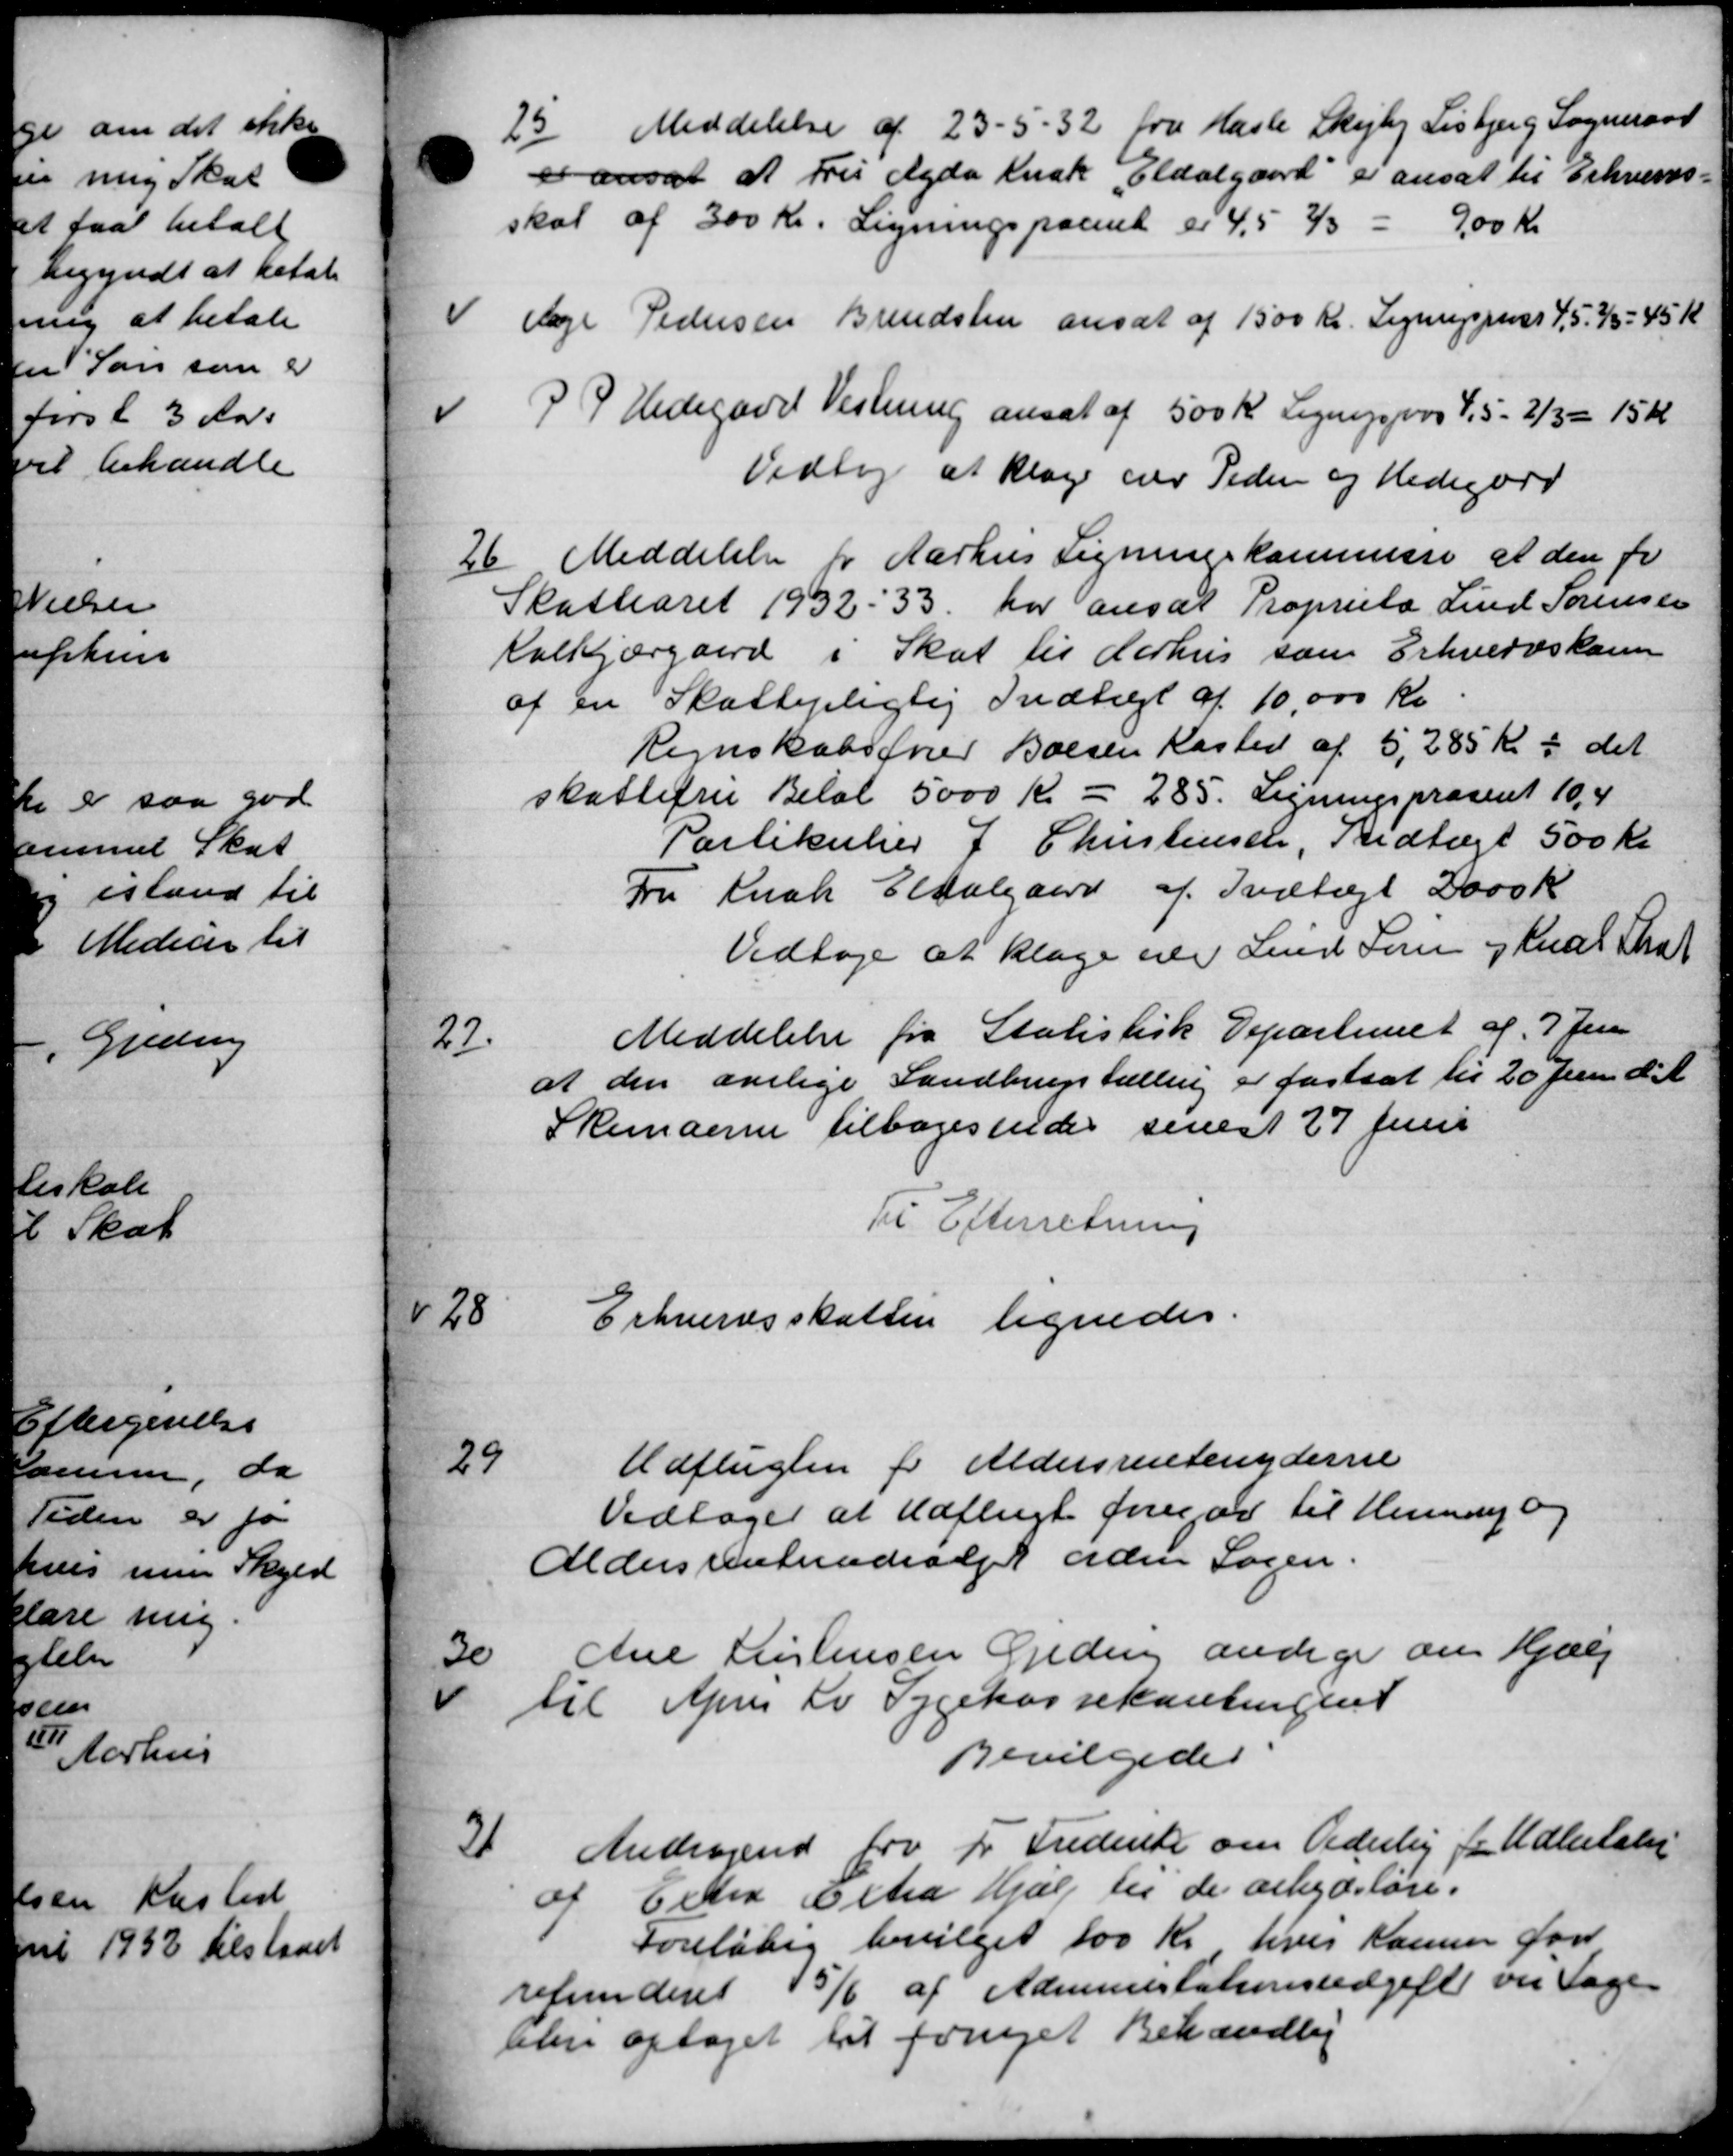
Transskription:
25
Meddelelse af 23 - 5 - 32 fra Hasle Skejby Lisbjerg Sogneraad
er ansat at Fru Egda Kusk Eldalgaard er ansat til Erhvervs-
skal af 300 Kr. Ligningspacent er 4,5 2/3 - 900 Kr.
Aage Pedersen Brendsten ansat af 1500 Kr. Ligningspræst 4, 5, 2/3 - 45 K
P P Hedegard Vestning ansat af 500 Kr. Lignigsporvs 4, 5 - 2/3 - 15 Kr
Vedtog at klage over Tiden og Hedegard
26
Meddelelse for Aarhus Ligningskommisse at den for
Skattearet 1932 - 33 har ansat Propriets Fund Sørensen
Kalkjærgaard i Skat til Aarhus som Erhvervskom
af en Skattepligtig Indtægt af 10.000 Kr
Regnskabsfører Boesen Kasted af 5,285 Kr. i det
skattefri Beløb 5000 Kr. = 285. Ligningspræsent 10,4
Partikulier J Christensen, Indtægt 500 Kr.
Fru Kusk Eltalgaard af Indtægt 2000 K
Vedtoges at klage over Lund Form og Kul Thot
27
Meddelelse fra Statistisk Departemet af 7 Jun
at den ovelige Landbrugstælling er fastsat til 20 Juni d. A.
Skemaerne tilbagesende senest 27 Juni
Til Efterretning
28
Erhvervsskatten lignedes.
29
Udflugten for Aldersrentenyderne
Vedtoges at Udflugt foregaa til Henning og
Aldersrenteudvalget uden Sagen.
30
Ane Kristensen Geding andrager om Hjælp
til April Lo Sygekassekontingent
Bevilgedes
31
Andragende fra Fr. Frederik om Olderlig for Udbetaling
af Erhv Extra Hjælp til de arbejdsløse.
Foreløbig bevilget 100 Kr hver Kammer for
refunderet 15/6 af Administationsudgift var Sage
den optaget til fornyet Behandling